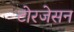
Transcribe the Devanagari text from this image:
टोरजेसन